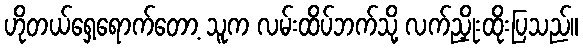
ဟိုတယ်ရှေ့ရောက်တော့ သူက လမ်းထိပ်ဘက်သို့ လက်ညှိုးထိုးပြသည်။